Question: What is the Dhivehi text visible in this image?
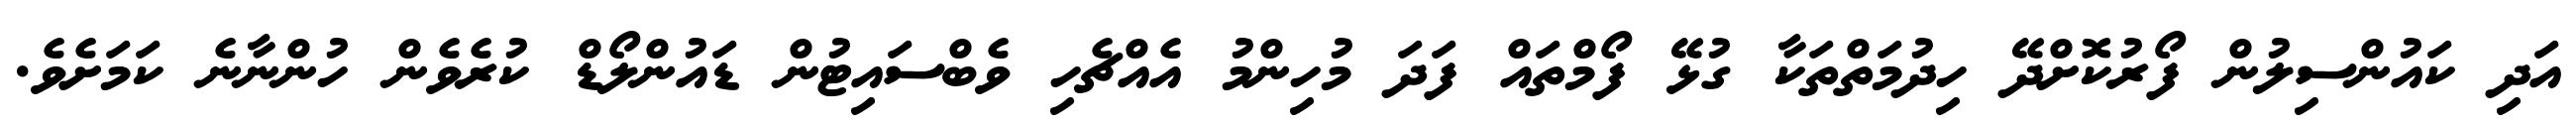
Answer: އަދި ކައުންސިލުން ފޯރުކޮށްދޭ ހިދުމަތްތަކާ ގުޅޭ ފޯމްތައް ފަދަ މުހިންމު އެއްޗެހި ވެބްސައިޓުން ޑައުންލޯޑް ކުރެވެން ހުންނާނެ ކަމަށެވެ.